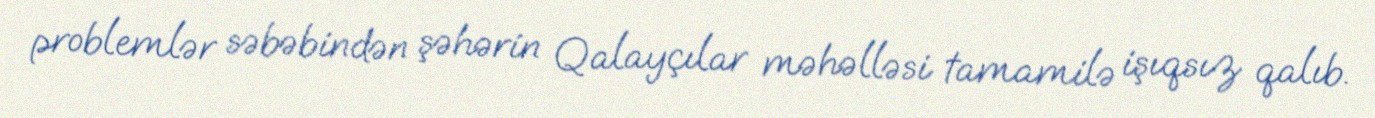
problemlər səbəbindən şəhərin Qalayçılar məhəlləsi tamamilə işıqsız qalıb.